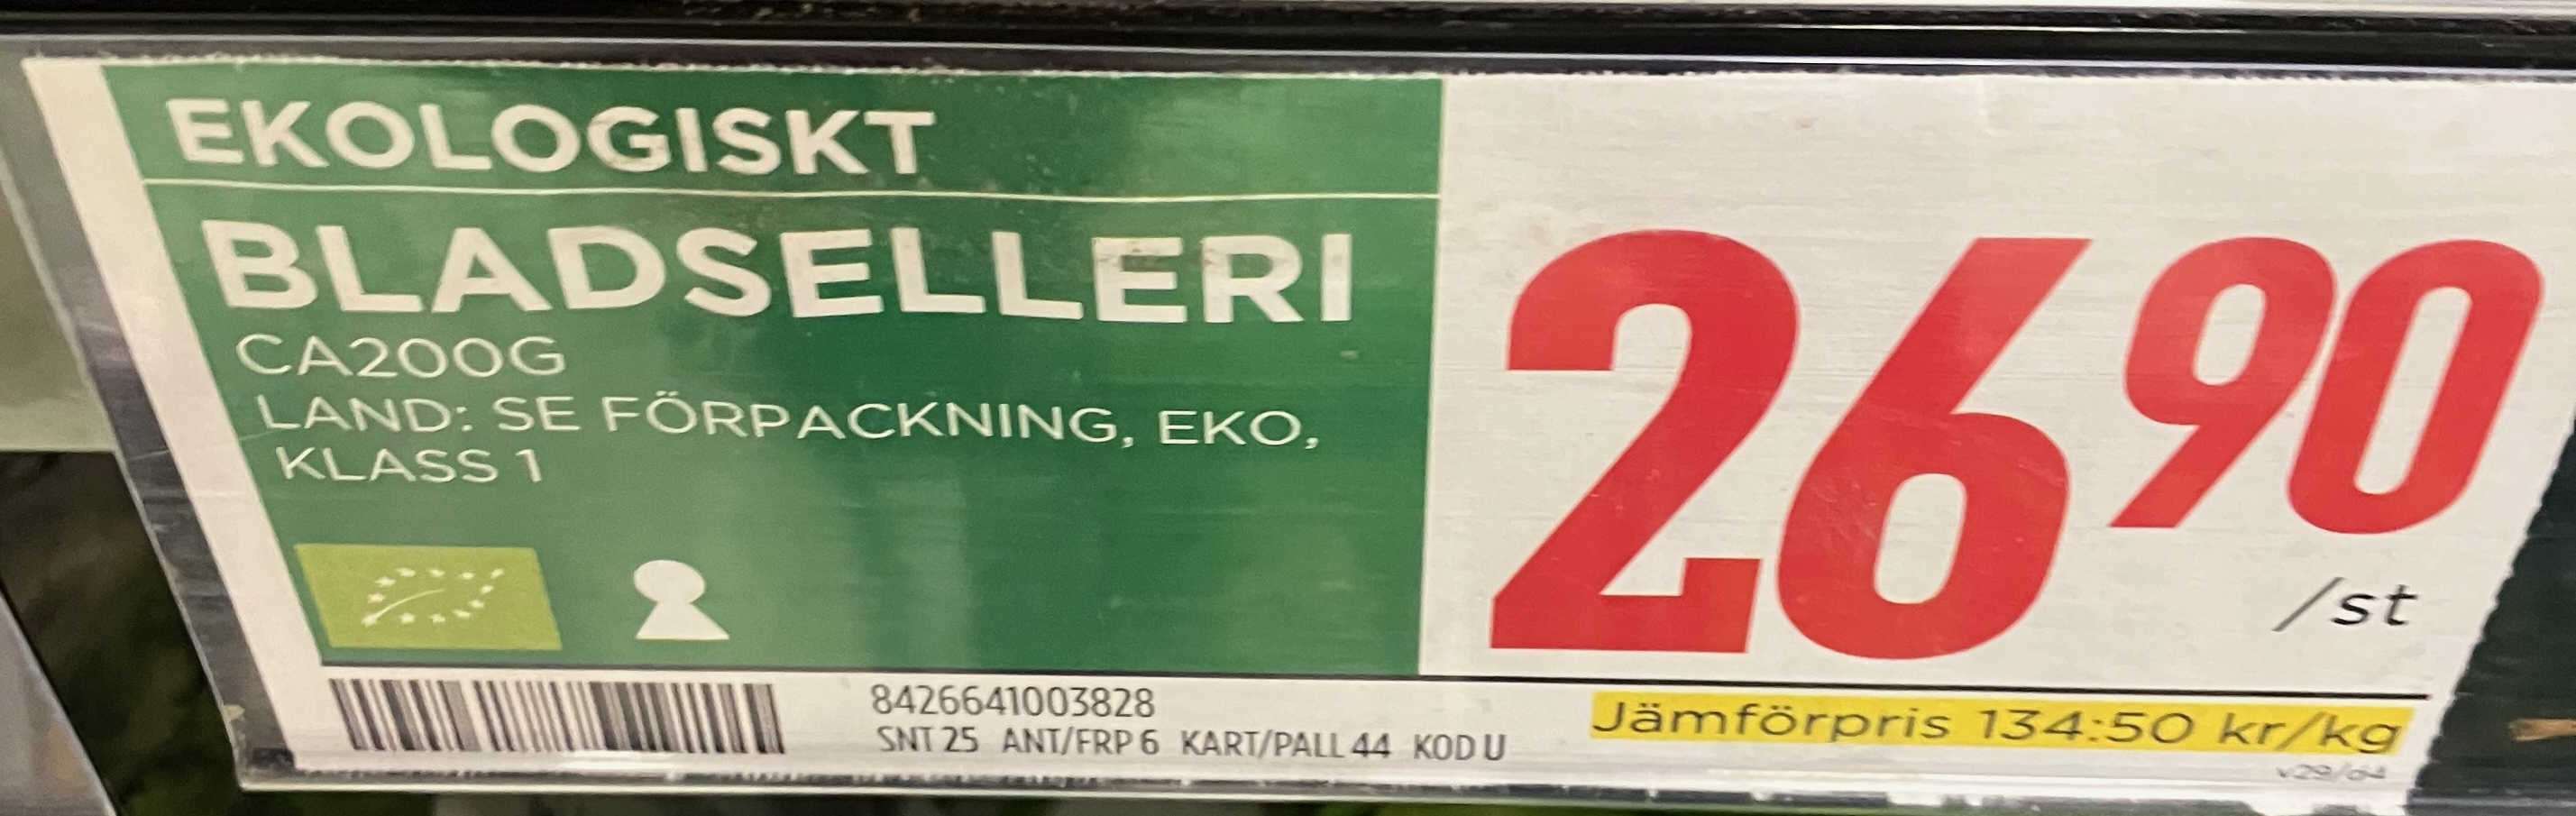
Vara: Bladselleri
Genomsnittspris: 134.5 per kg